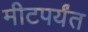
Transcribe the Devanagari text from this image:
मीटपर्यंत